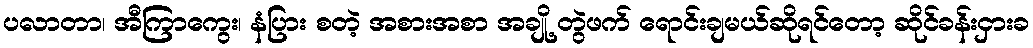
ပလာတာ၊ အီကြာကွေး၊ နံပြား စတဲ့ အစားအစာ အချို့ တွဲဖက် ရောင်းချမယ်ဆိုရင်တော့ ဆိုင်ခန်းငှားခ